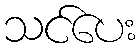
သင်ပေး